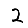
Digit: 2